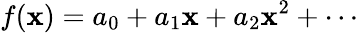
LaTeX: f(\mathbf{x})=a_{0}+a_{1}\mathbf{x}+a_{2}\mathbf{x}^{2}+\cdots